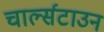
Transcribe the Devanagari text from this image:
चार्ल्सटाउन